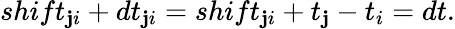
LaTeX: shift_{\mathbf{j}i}+dt_{\mathbf{j}i}=shift_{\mathbf{j}i}+t_{\mathbf{j}}-t_{i}=dt.